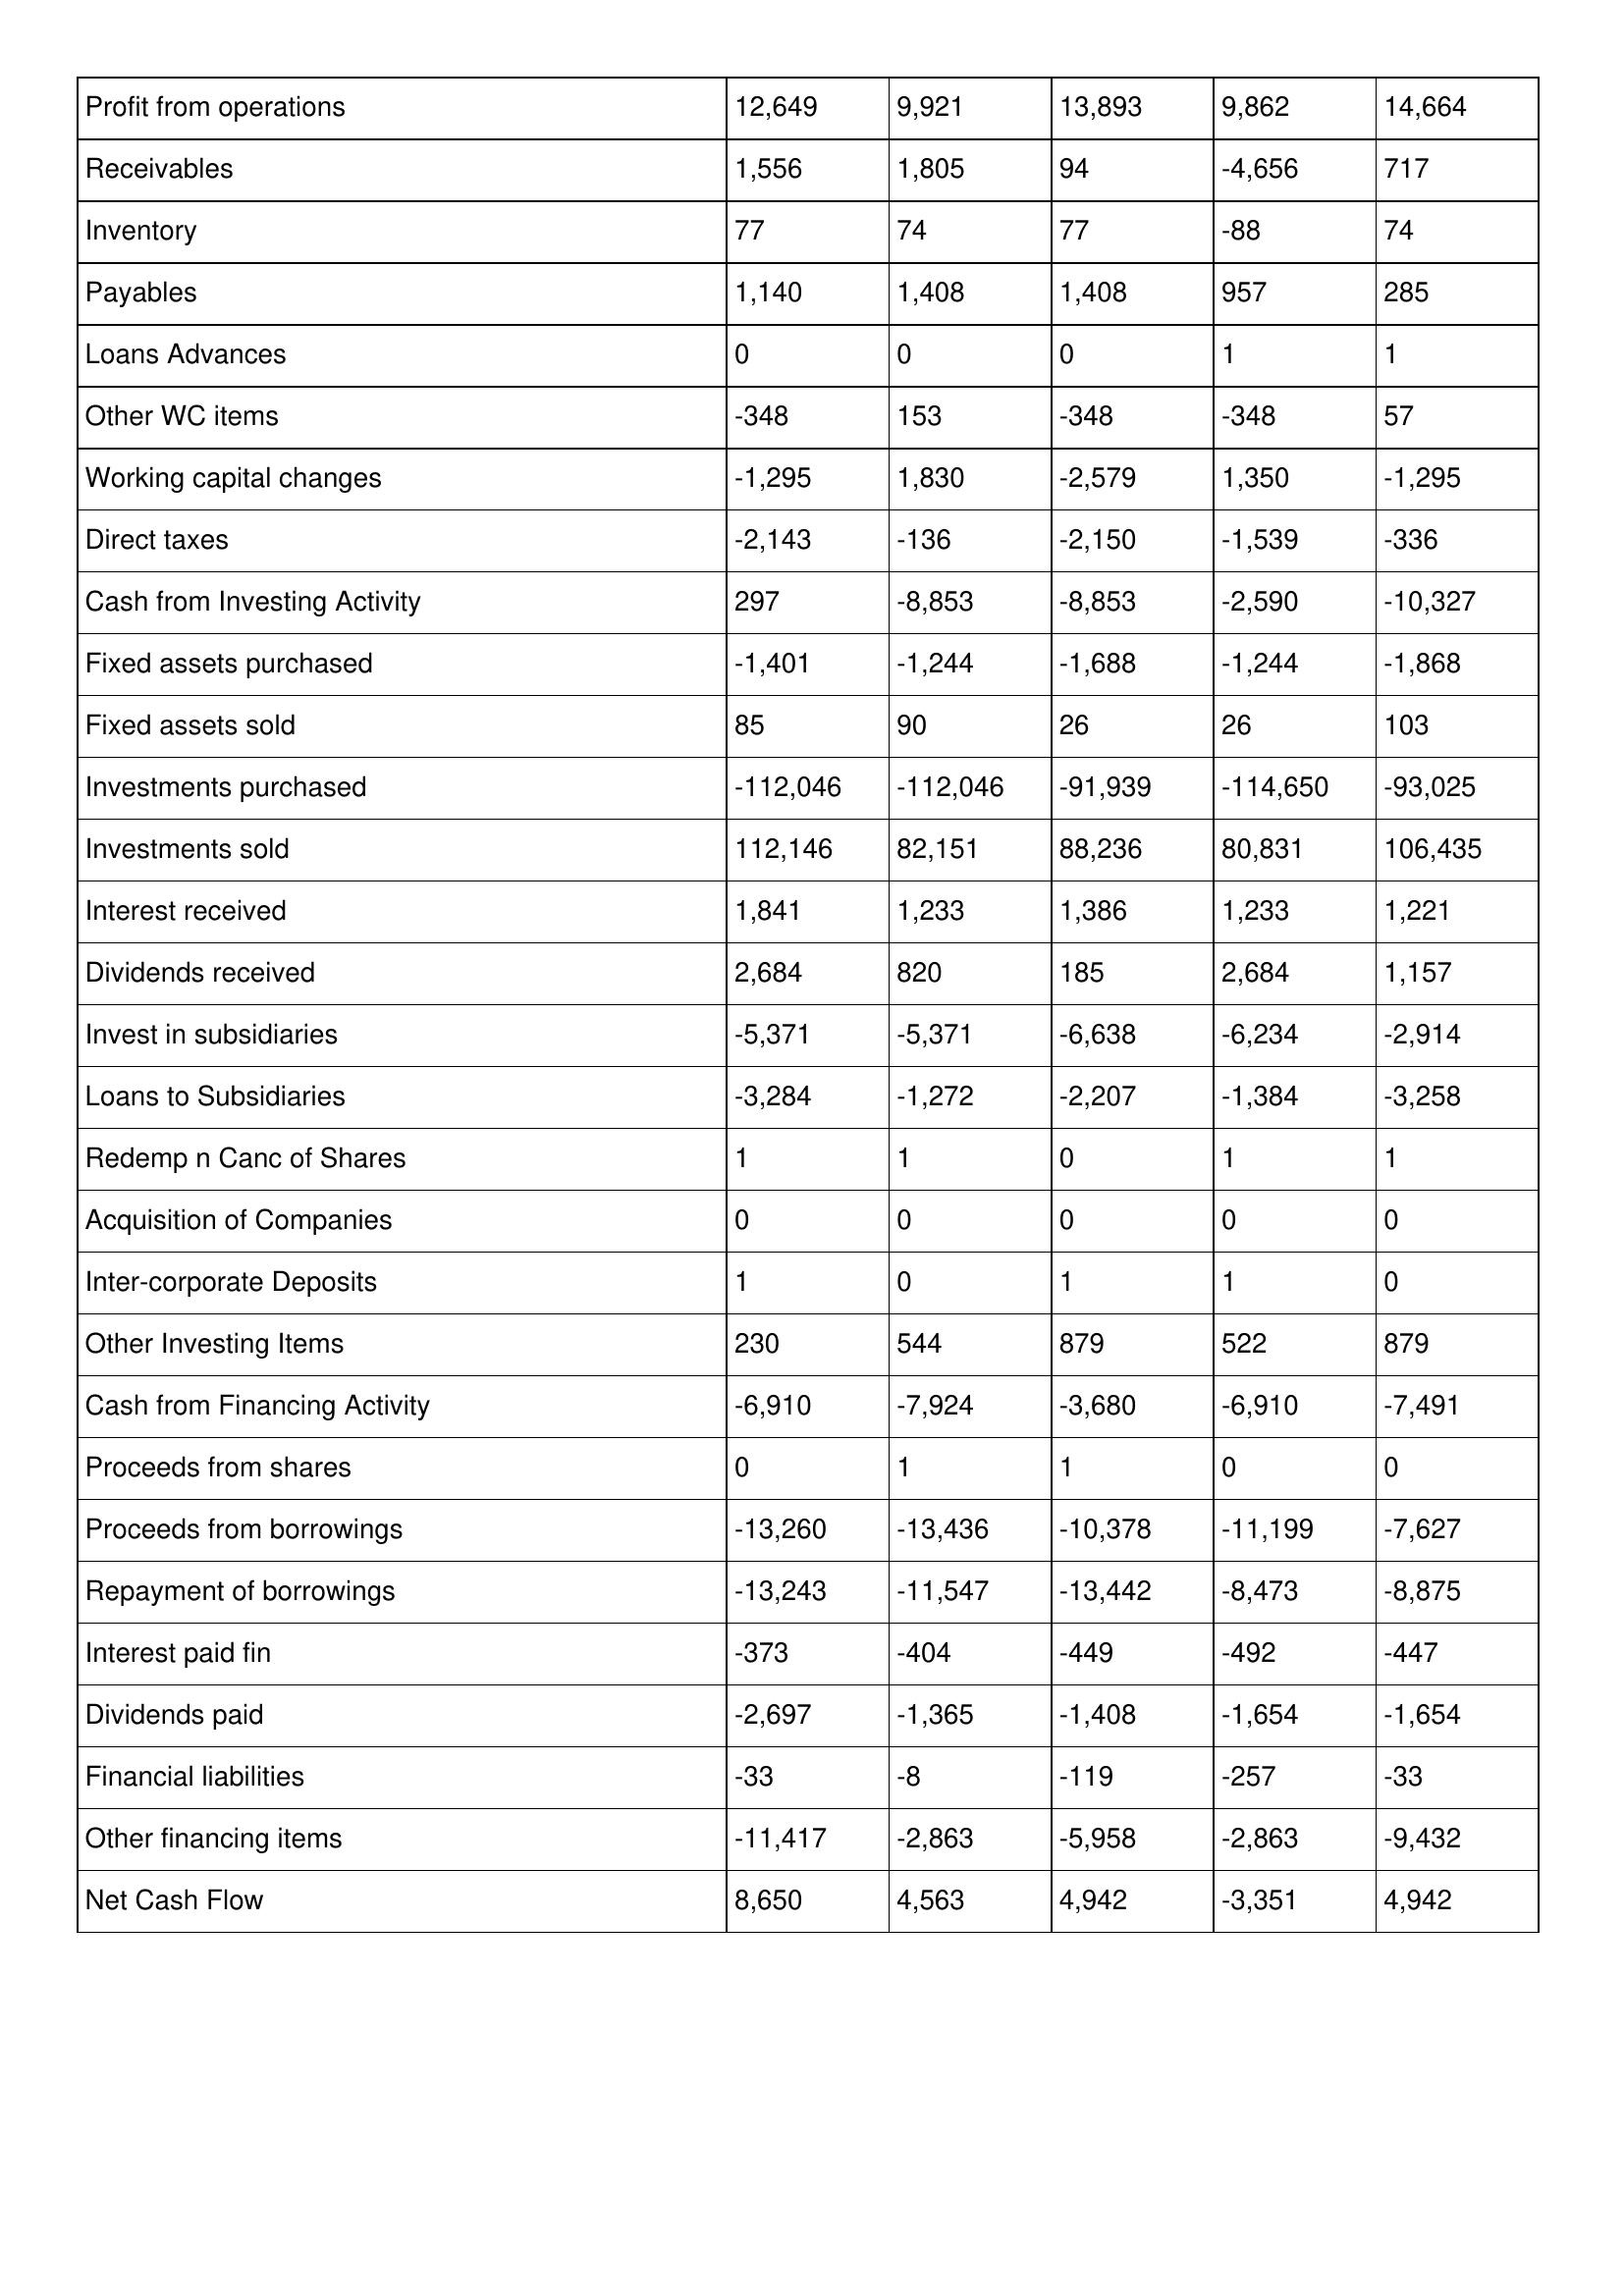
gt_parse: May-20: Cash Flows: Profit from operations: 12,649
Receivables: 1,556
Inventory: 77
Payables: 1,140
Loans Advances: 0
Other WC items: -348
Working capital changes: -1,295
Direct taxes: -2,143
Cash from Investing Activity: 297
Fixed assets purchased: -1,401
Fixed assets sold: 85
Investments purchased: -112,046
Investments sold: 112,146
Interest received: 1,841
Dividends received: 2,684
Invest in subsidiaries: -5,371
Loans to Subsidiaries: -3,284
Redemp n Canc of Shares: 1
Acquisition of Companies: 0
Inter-corporate Deposits: 1
Other Investing Items: 230
Cash from Financing Activity: -6,910
Proceeds from shares: 0
Proceeds from borrowings: -13,260
Repayment of borrowings: -13,243
Interest paid fin: -373
Dividends paid: -2,697
Financial liabilities: -33
Other financing items: -11,417
Net Cash Flow: 8,650
May-19: Cash Flows: Profit from operations: 9,921
Receivables: 1,805
Inventory: 74
Payables: 1,408
Loans Advances: 0
Other WC items: 153
Working capital changes: 1,830
Direct taxes: -136
Cash from Investing Activity: -8,853
Fixed assets purchased: -1,244
Fixed assets sold: 90
Investments purchased: -112,046
Investments sold: 82,151
Interest received: 1,233
Dividends received: 820
Invest in subsidiaries: -5,371
Loans to Subsidiaries: -1,272
Redemp n Canc of Shares: 1
Acquisition of Companies: 0
Inter-corporate Deposits: 0
Other Investing Items: 544
Cash from Financing Activity: -7,924
Proceeds from shares: 1
Proceeds from borrowings: -13,436
Repayment of borrowings: -11,547
Interest paid fin: -404
Dividends paid: -1,365
Financial liabilities: -8
Other financing items: -2,863
Net Cash Flow: 4,563
May-18: Cash Flows: Profit from operations: 13,893
Receivables: 94
Inventory: 77
Payables: 1,408
Loans Advances: 0
Other WC items: -348
Working capital changes: -2,579
Direct taxes: -2,150
Cash from Investing Activity: -8,853
Fixed assets purchased: -1,688
Fixed assets sold: 26
Investments purchased: -91,939
Investments sold: 88,236
Interest received: 1,386
Dividends received: 185
Invest in subsidiaries: -6,638
Loans to Subsidiaries: -2,207
Redemp n Canc of Shares: 0
Acquisition of Companies: 0
Inter-corporate Deposits: 1
Other Investing Items: 879
Cash from Financing Activity: -3,680
Proceeds from shares: 1
Proceeds from borrowings: -10,378
Repayment of borrowings: -13,442
Interest paid fin: -449
Dividends paid: -1,408
Financial liabilities: -119
Other financing items: -5,958
Net Cash Flow: 4,942
May-17: Cash Flows: Profit from operations: 9,862
Receivables: -4,656
Inventory: -88
Payables: 957
Loans Advances: 1
Other WC items: -348
Working capital changes: 1,350
Direct taxes: -1,539
Cash from Investing Activity: -2,590
Fixed assets purchased: -1,244
Fixed assets sold: 26
Investments purchased: -114,650
Investments sold: 80,831
Interest received: 1,233
Dividends received: 2,684
Invest in subsidiaries: -6,234
Loans to Subsidiaries: -1,384
Redemp n Canc of Shares: 1
Acquisition of Companies: 0
Inter-corporate Deposits: 1
Other Investing Items: 522
Cash from Financing Activity: -6,910
Proceeds from shares: 0
Proceeds from borrowings: -11,199
Repayment of borrowings: -8,473
Interest paid fin: -492
Dividends paid: -1,654
Financial liabilities: -257
Other financing items: -2,863
Net Cash Flow: -3,351
May-16: Cash Flows: Profit from operations: 14,664
Receivables: 717
Inventory: 74
Payables: 285
Loans Advances: 1
Other WC items: 57
Working capital changes: -1,295
Direct taxes: -336
Cash from Investing Activity: -10,327
Fixed assets purchased: -1,868
Fixed assets sold: 103
Investments purchased: -93,025
Investments sold: 106,435
Interest received: 1,221
Dividends received: 1,157
Invest in subsidiaries: -2,914
Loans to Subsidiaries: -3,258
Redemp n Canc of Shares: 1
Acquisition of Companies: 0
Inter-corporate Deposits: 0
Other Investing Items: 879
Cash from Financing Activity: -7,491
Proceeds from shares: 0
Proceeds from borrowings: -7,627
Repayment of borrowings: -8,875
Interest paid fin: -447
Dividends paid: -1,654
Financial liabilities: -33
Other financing items: -9,432
Net Cash Flow: 4,942